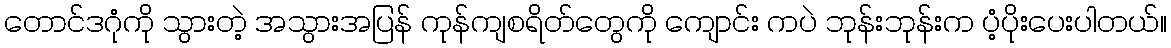
တောင်ဒဂုံကို သွားတဲ့ အသွားအပြန် ကုန်ကျစရိတ်တွေကို ကျောင်း ကပဲ ဘုန်းဘုန်းက ပံ့ပိုးပေးပါတယ်။